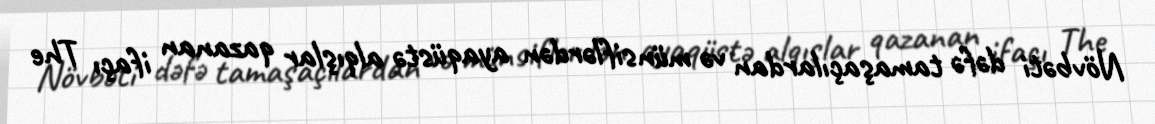
Növbəti dəfə tamaşaçılardan və münsiflərdən ayaqüstə alqışlar qazanan ifaçı The